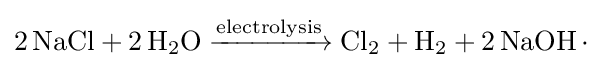
{2\,\mathrm {NaCl} {}+{}2\,\mathrm {H} {\vphantom {A}}_{\smash[{t}]{2}}\mathrm {O} {}\mathrel {\xrightarrow {\text{electrolysis}} } {}\mathrm {Cl} {\vphantom {A}}_{\smash[{t}]{2}}{}+{}\mathrm {H} {\vphantom {A}}_{\smash[{t}]{2}}{}+{}2\,\mathrm {NaOH} \,{\cdot }\,}